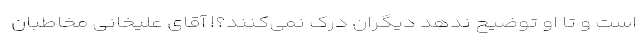
است و تا او توضیح ندهد دیگران درک نمی‌کنند؟! آقای علیخانی مخاطبان